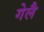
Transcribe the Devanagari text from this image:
गेलै